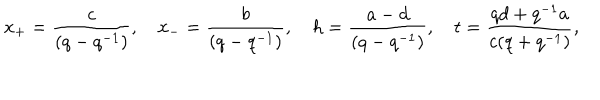
x _ { + } = \frac { c } { ( q - q ^ { - 1 } ) } , \quad x _ { - } = \frac { b } { ( q - q ^ { - 1 } ) } , \quad h = \frac { a - d } { ( q - q ^ { - 1 } ) } , \quad t = \frac { q d + q ^ { - 1 } a } { c ( q + q ^ { - 1 } ) } ,